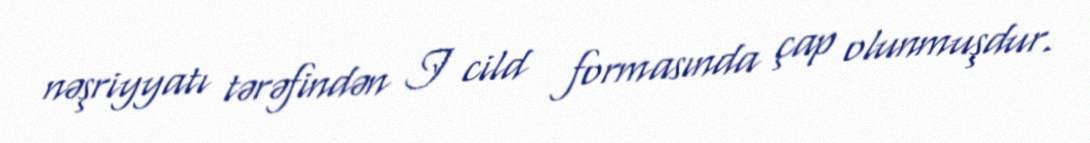
nəşriyyatı tərəfindən I cild formasında çap olunmuşdur.